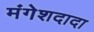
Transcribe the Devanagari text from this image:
मंगेशदादा